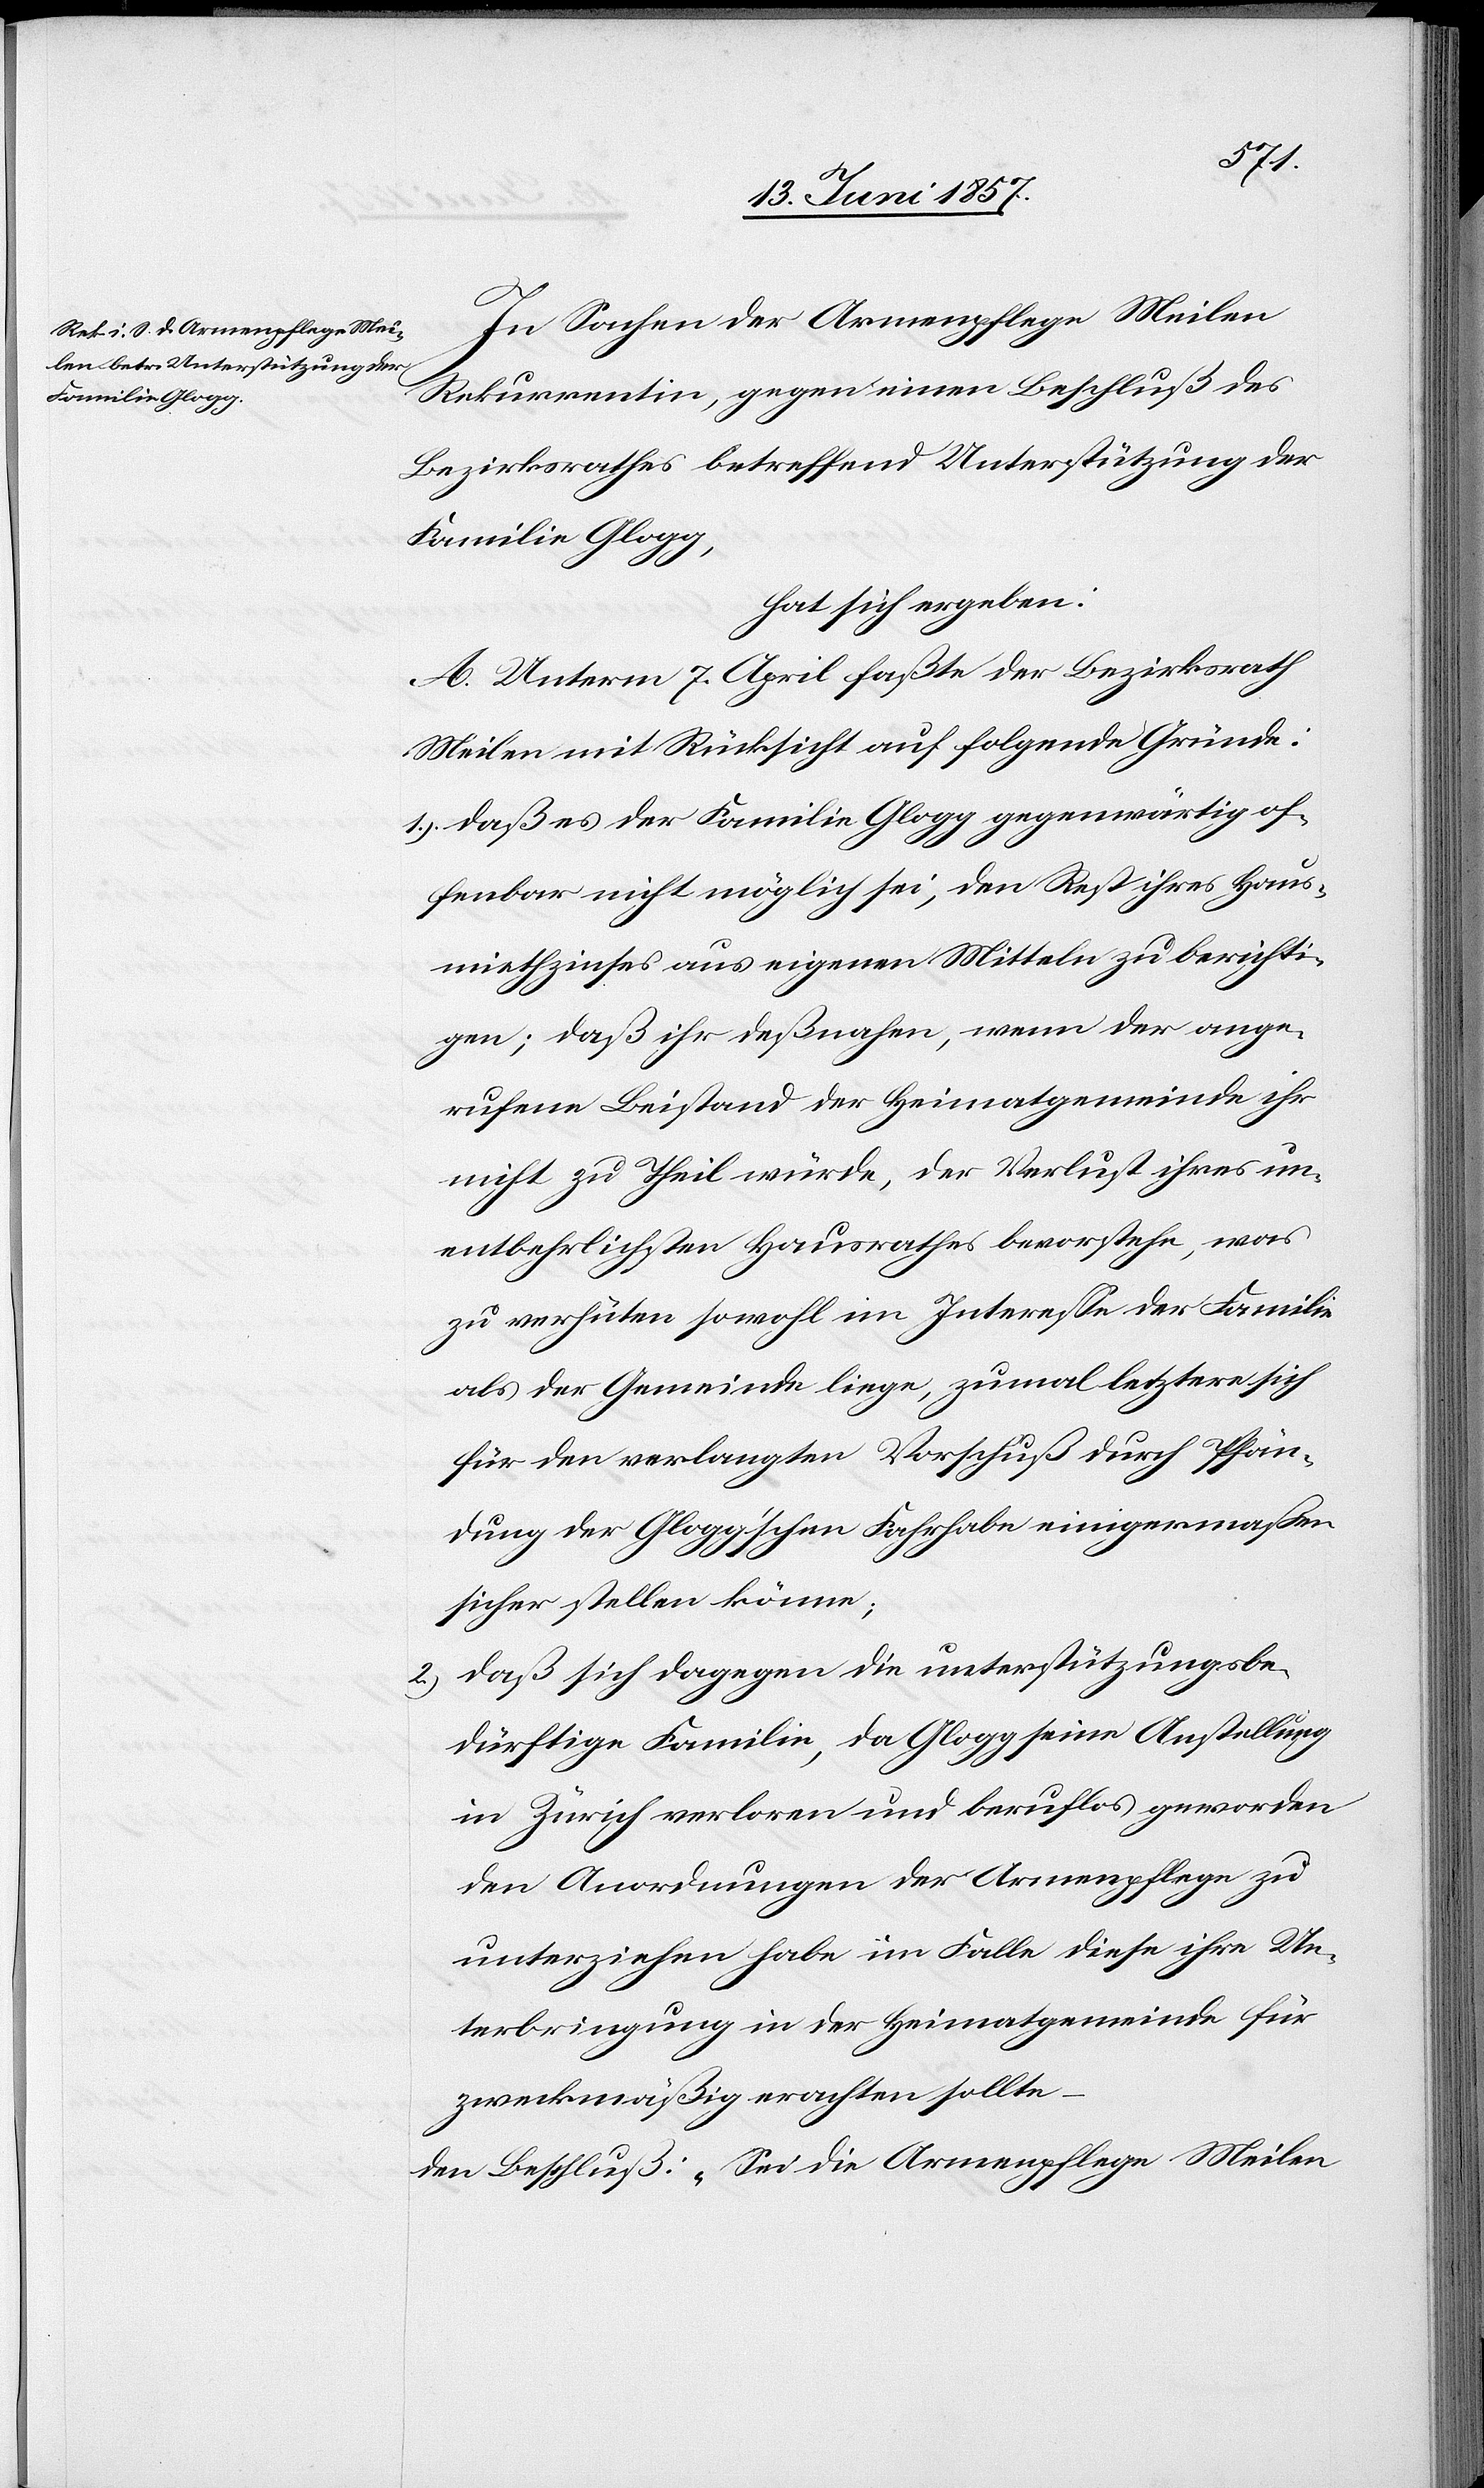
In Sachen der Armenpflege Meilen
Rekurrentin, gegen einen Beschluß des
Bezirksrathes betreffend Unterstützung der
Familie Glogg,
hat sich ergeben:
A. Unterm 7 April faßte der Bezirksrath
Meilen mit Rücksicht auf folgende Gründe:
1.) daß es der Familie Glogg gegenwärtig of¬
fenbar nicht möglich sei, den Rest ihres Haus¬
miethzinses aus eigenen Mitteln zu berichti¬
gen; daß ihr deßnahen, wenn der ange¬
rufene Beistand der Heimatgemeinde ihr
nicht zu Theil würde, der Verlust ihres un¬
entbehrlichsten Hausrathes bevorstehe, was
zu verhüten sowohl im Interesse der Familie
als der Gemeinde liege, zumal letztere sich
für den verlangten Vorschuß durch Pfän¬
dung der Glogg’schen Fahrhabe einigermaßen
sicher stellen könne;
2.) daß sich dagegen die unterstützungsbe¬
dürftige Familie, da Glogg seine Anstellung
in Zürich verloren und beruflos geworden[,]
den Anordnungen der Armenpflege zu
unterziehen habe[,] im Falle diese ihre Un¬
terbringung in der Heimatgemeinde für
zweckmäßig erachten sollte
den Beschluß: „Sei die Armenpflege Meilen